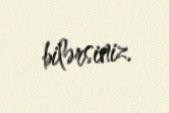
bilərsiniz.